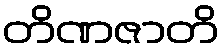
တိဏဇာတိ